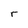
Character: r